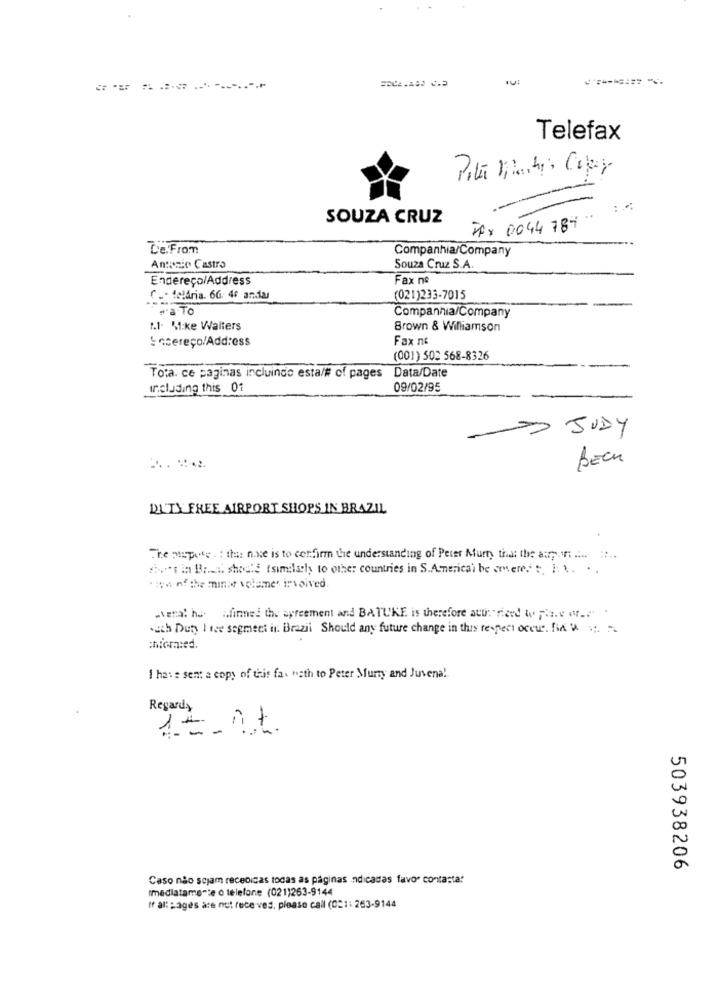
Telefax
SOUZA CRUZ
FAX 0044 789
Le.From
Companhia/Company
Antizic Castro
Souza Cruz S.A.
Endereço/Address
Fax ne
( .. felaria. 66 46 anddas
(021)233-7015
.a.To
Companhia/Company
1.1- 51:ke Walters
Brown & Williamson
S ccereço/Address
Fax ne
(001) 502 568-8326
Tota. ce paginas incluindo esta/# of pages Data/Date
Including this 01
09/02/95
JUDY
BECK
DUTY FREE AIRPORT SHOPS IN BRAZIL
The suspate .: the: nose is to confirm the understanding of Peter Mury that the art
Avet in Bra shoots (similarly to other countries in S. America) be ceres c. F.
"ton of the minse volume' involved.
-vena! ha Afinmed the syreement and BATUKE is therefore atti riard to pis.e wr ....
.ach Duty I tre segment in Brazil Should any future change in this respect occur. Fix iv
chiomed.
I have sent a copy of this fa. nath to Peter Murty and Juvenal
Regard,
12.AL.
503938206
Caso não sejam rececicas todas as páginas indicadas favor contactar
Imediatamente o telefone (021)263-9144
" all pages are not rece ves, please call (021: 263-9144